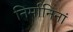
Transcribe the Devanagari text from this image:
निर्मानिनां